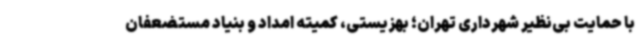
با حمایت بی‌نظیر شهرداری تهران؛ بهزیستی، کمیته امداد و بنیاد مستضعفان